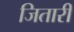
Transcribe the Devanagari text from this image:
जितारी